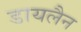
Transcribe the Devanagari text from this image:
डायलैन